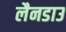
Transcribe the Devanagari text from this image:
लैनडाउ